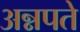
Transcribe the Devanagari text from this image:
अन्नपते